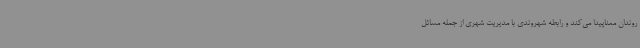
روندان معناپیدا می‌کند و رابطه شهروندی با مدیریت شهری از جمله مسائل